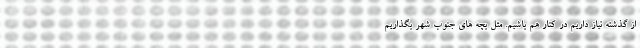
از گذشته نیاز داریم در کنار هم باشیم. مثل بچه های جنوب شهر بگذاریم